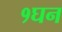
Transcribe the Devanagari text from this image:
१घन